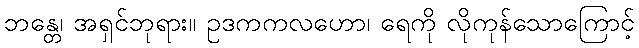
ဘန္တေ၊ အရှင်ဘုရား။ ဥဒကကလဟော၊ ရေကို လိုကုန်သောကြောင့်